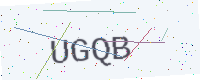
Text: UGQB